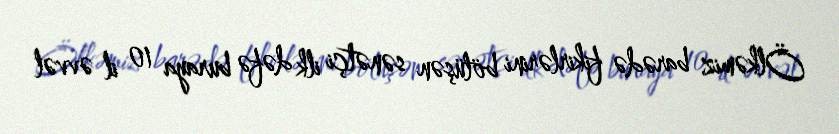
Ölkəmiz barədə fikirlərini bölüşən sənətçi ilk dəfə buraya 10 il əvvəl